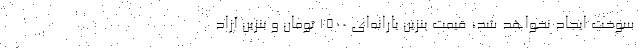
سوخت ایجاد نخواهد شد، قیمت بنزین یارانه‌ای ۱۵۰۰ تومان و بنزین آزاد